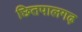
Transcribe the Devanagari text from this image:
छितपालगढ़